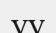
уу